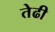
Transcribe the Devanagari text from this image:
तेढी